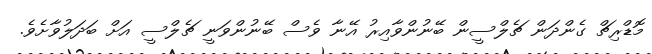
މޮޑްރިޗް ގެންދަން ޗެލްސީން ބޭނުންވާއިރު އޭނާ ވެސް ބޭނުންވަނީ ޗެލްސީ އަށް ބަދަލުވާށެވެ.